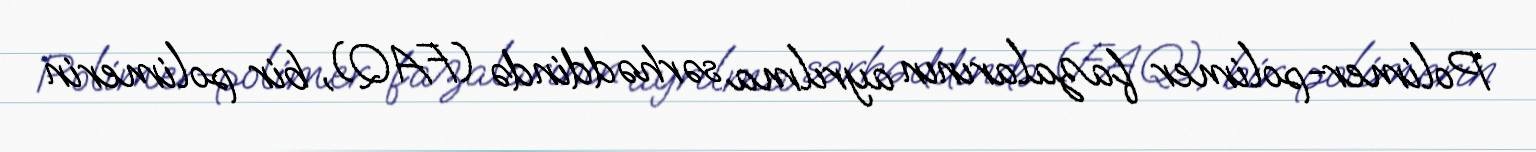
Polimer-polimer fazalarının ayrılma sərhəddində (FAQ), bir polimerin